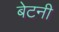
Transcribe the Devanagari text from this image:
बेटनी